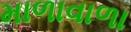
માળાવાળા